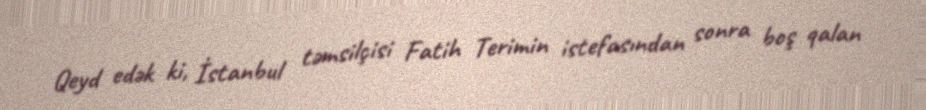
Qeyd edək ki, İstanbul təmsilçisi Fatih Terimin istefasından sonra boş qalan